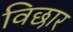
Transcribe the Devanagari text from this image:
विछार